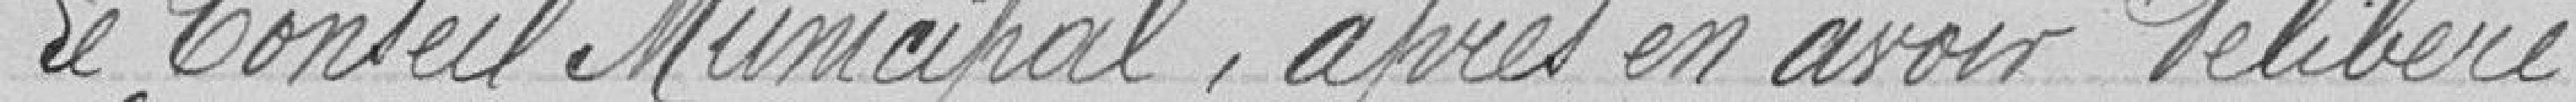
Le Conseil Municipal, après en avoir délibéré,